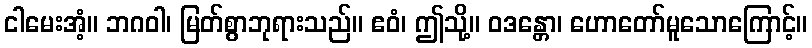
ငါမေးအံ့။ ဘဂဝါ၊ မြတ်စွာဘုရားသည်။ ဧဝံ၊ ဤသို့။ ဝဒန္တော၊ ဟောတော်မူသောကြောင့်။